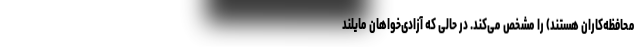
محافظه‌کاران هستند) را مشخص می‌کند. در حالی که آزادی‌خواهان مایلند